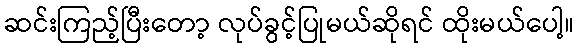
ဆင်းကြည့်ပြီးတော့ လုပ်ခွင့်ပြုမယ်ဆိုရင် ထိုးမယ်ပေါ့။